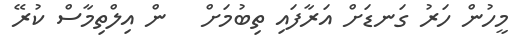
މީހުން ހަރު ގަނޑަށް އަރާފައި ތިބުމަށް   ން އިލްތިމާސް ކުރޭ